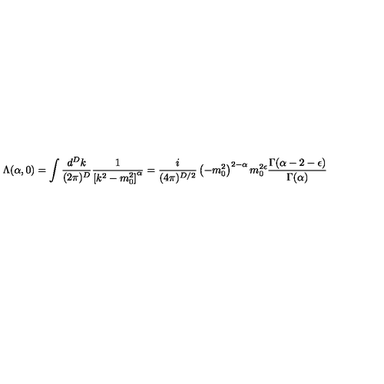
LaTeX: \Lambda ( \alpha , 0 ) = \int \frac { d ^ { D } k } { ( 2 \pi ) ^ { D } } \frac { 1 } { \left[ k ^ { 2 } - m _ { 0 } ^ { 2 } \right] ^ { \alpha } } = \frac { i } { ( 4 \pi ) ^ { D / 2 } } \left( - m _ { 0 } ^ { 2 } \right) ^ { 2 - \alpha } m _ { 0 } ^ { 2 \epsilon } \frac { \Gamma ( \alpha - 2 - \epsilon ) } { \Gamma ( \alpha ) }